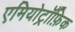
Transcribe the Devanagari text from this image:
एमियोट्रॉफ़िक